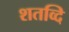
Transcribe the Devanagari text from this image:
शतव्दि